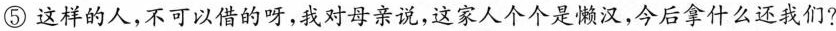
⑤这样的人，不可以借的呀，我对母亲说，这家人个个是懒汉，今后拿什么还我们?